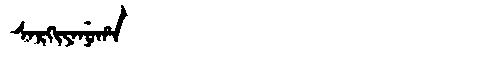
Manchu: ᠰᠠᡵᡴᡳᠶᠠᠨᡠᡥᠠ
Romanization: SARKIYANUHA